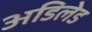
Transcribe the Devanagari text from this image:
अडिलेड